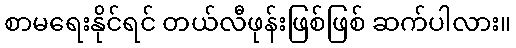
စာမရေးနိုင်ရင် တယ်လီဖုန်းဖြစ်ဖြစ် ဆက်ပါလား။